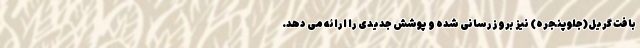
بافت گریل(جلوپنجره) نیز بروزرسانی شده و پوشش جدیدی را ارائه می دهد.